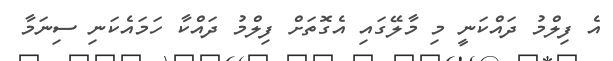
އެ ފިލްމު ދައްކަނީ މި މާލޭގައި އެގޮތަށް ފިލްމު ދައްކާ ހަމައެކަނި ސިނަމާ